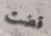
قضت